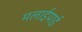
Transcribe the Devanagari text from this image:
मलाईयाई